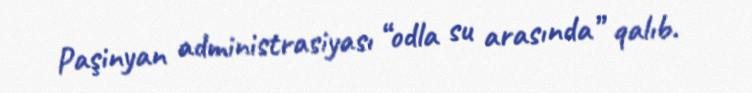
Paşinyan administrasiyası “odla su arasında” qalıb.